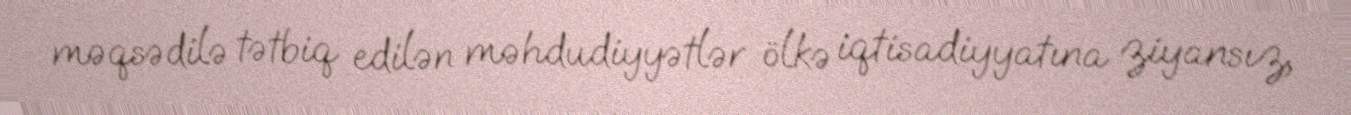
məqsədilə tətbiq edilən məhdudiyyətlər ölkə iqtisadiyyatına ziyansız,